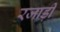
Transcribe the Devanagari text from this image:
रजाड़ी